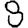
Digit: 8